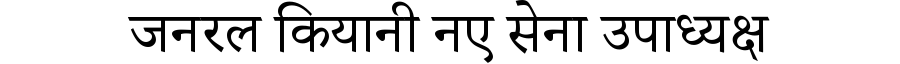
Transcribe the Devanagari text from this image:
जनरल कियानी नए सेना उपाध्यक्ष